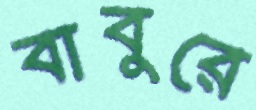
বাবুরে